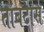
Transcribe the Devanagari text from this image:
तांबटास